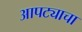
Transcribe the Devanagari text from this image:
आपट्याचा